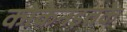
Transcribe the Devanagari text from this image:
कोकेनइतके